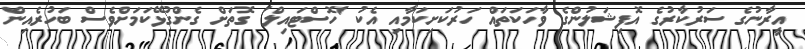
އީރާނުގެ ސަރުކާރުގެ އޮފިޝަލުންގެ ވާހަކަތައް ހަރުކަށިކަމާއި އެކު 'ހޮސްޓައިލް' ގޮތަށް ގެންގުޅޭކަމަށްވެސް ބަހުރެއިން